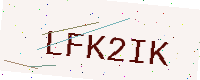
Text: LFK2IK